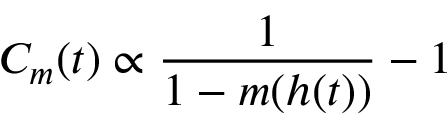
C _ { m } ( t ) \propto \frac { 1 } { 1 - m ( h ( t ) ) } - 1